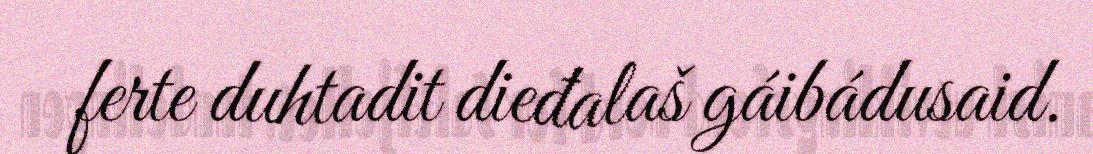
ferte duhtadit dieđalaš gáibádusaid.